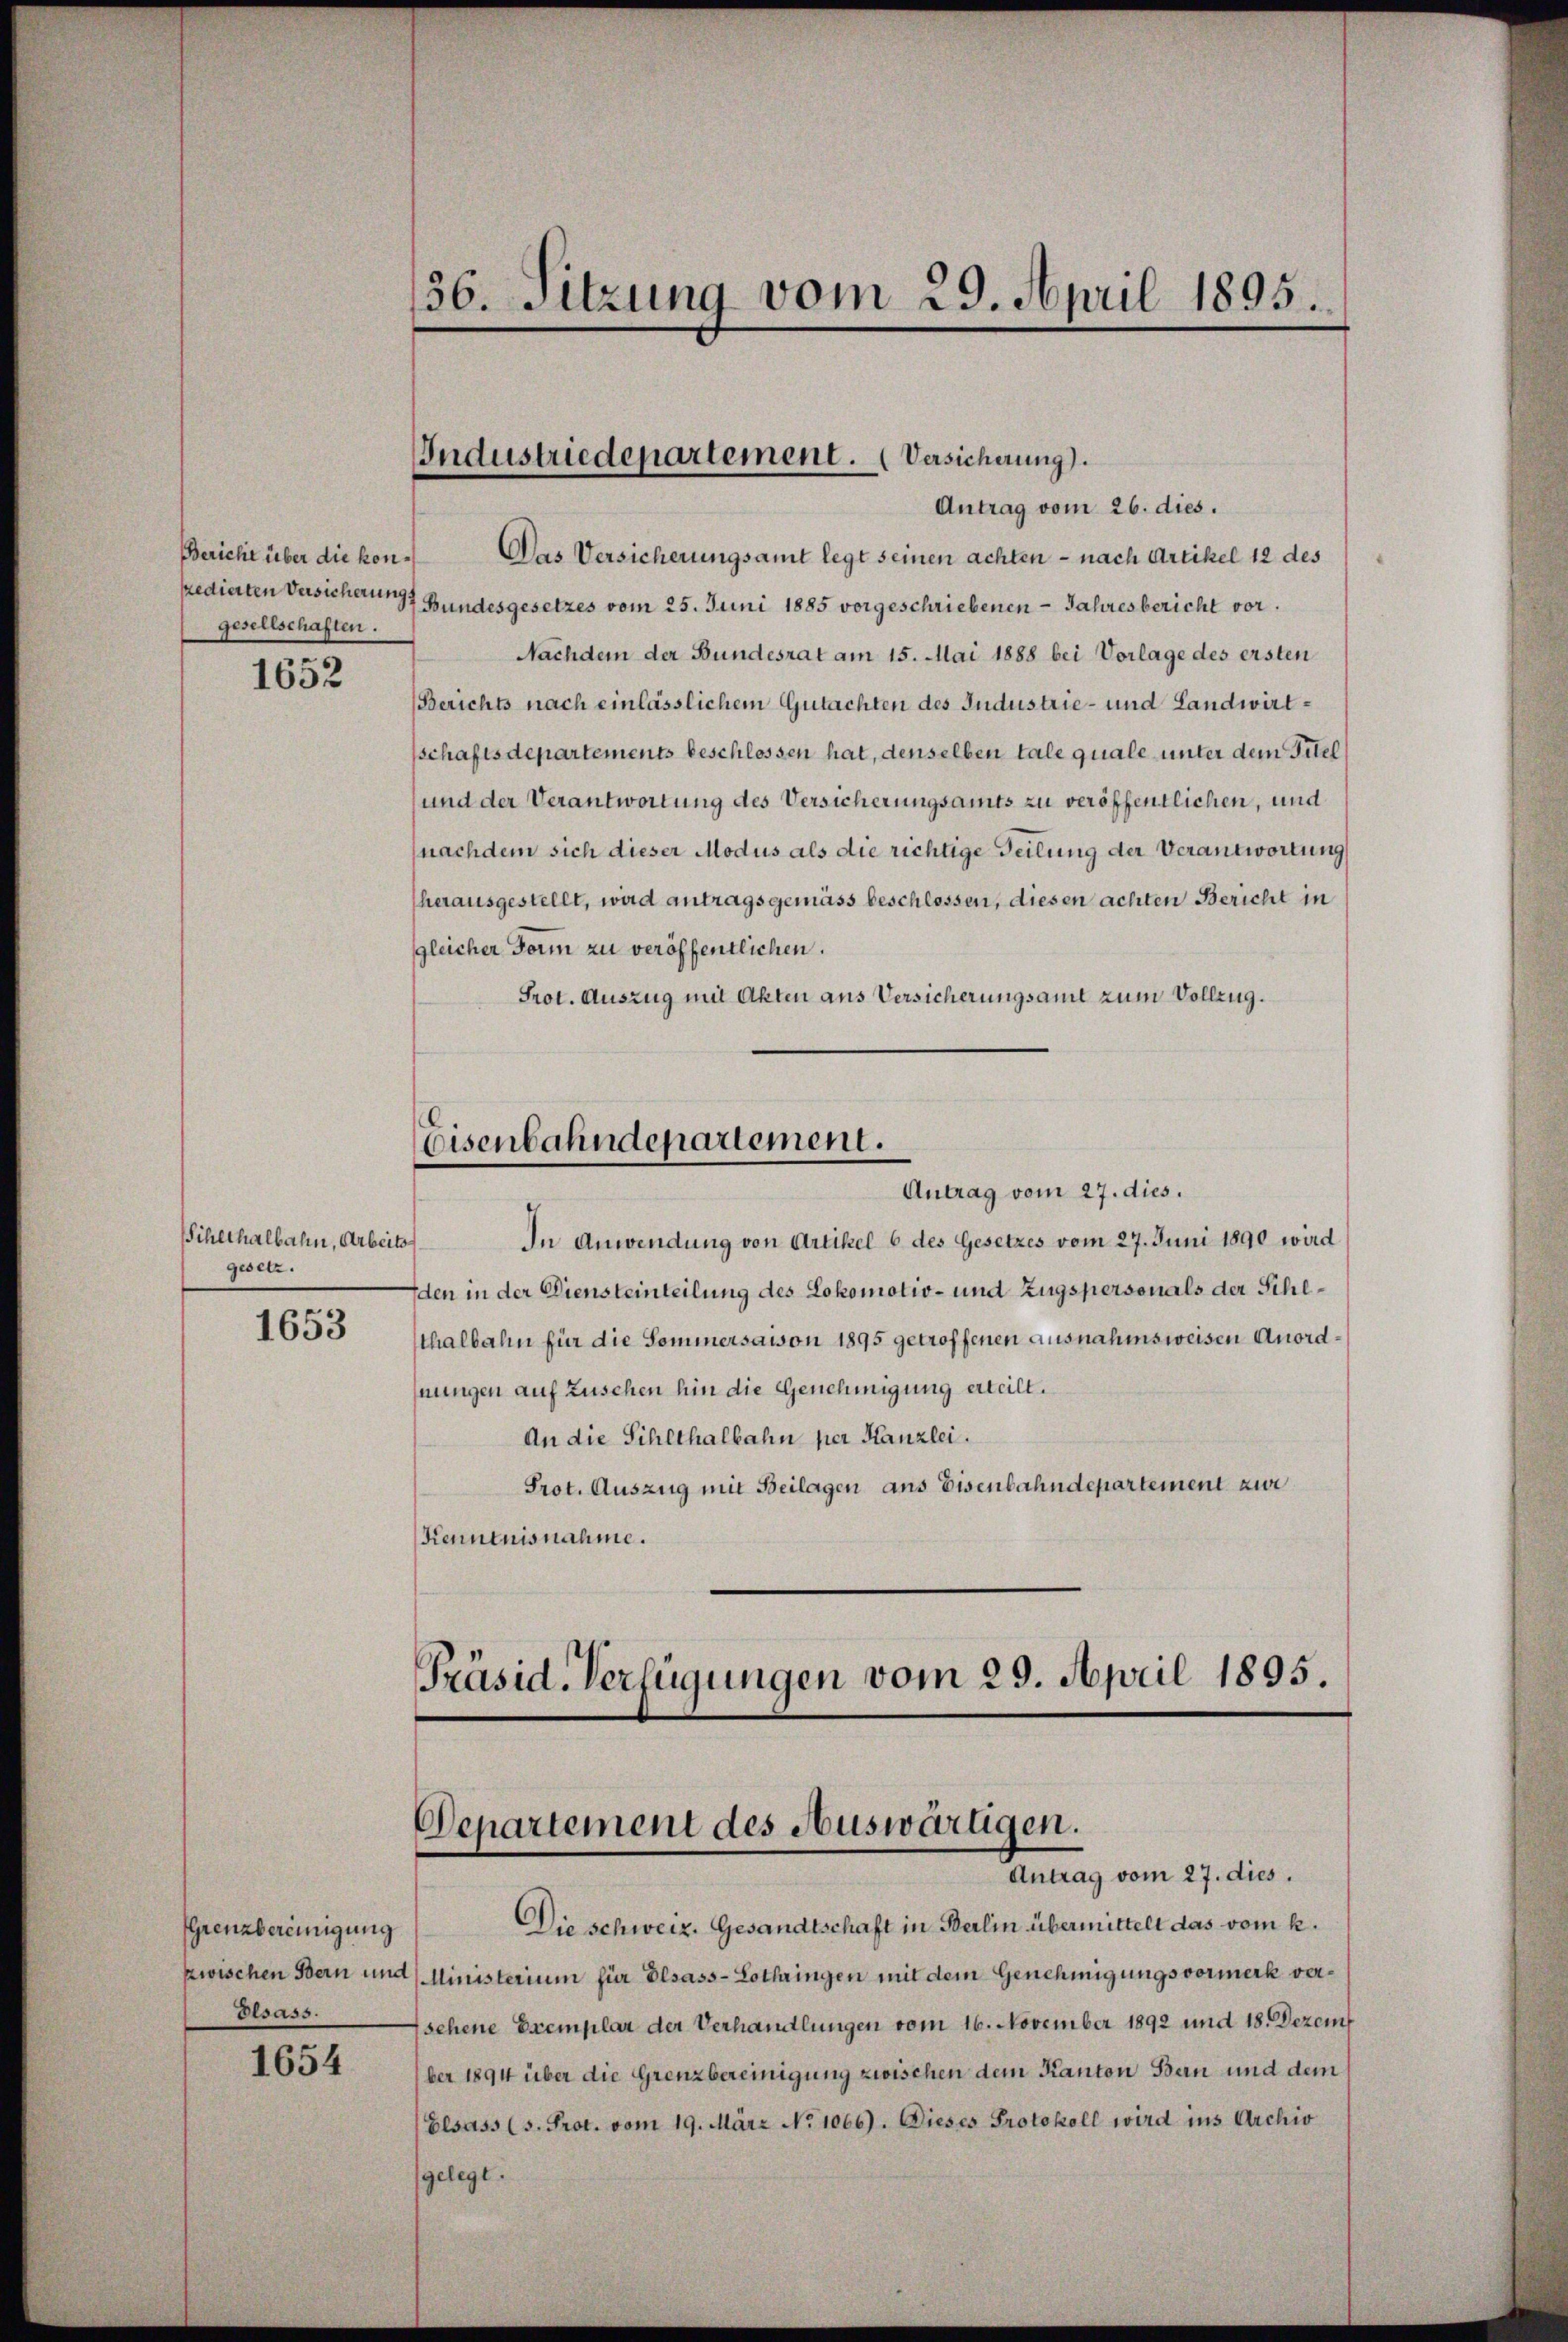
Bericht über die kongesellschaften.

1652

Sihlthalbahn, Arbeits
gesetz.

1653

Grenzbereinigung
zwischen Bern und
Elsass.

1654

36. Sitzung vom 29. April 1895.

Antrag vom 26. dies.
Das Versicherungsamt legt seinen achten - nach Artikel 12 des
zedierten Versicher Bundesgesetzes vom 25. Juni 1885 vorgeschriebenen - Jahresbericht vor¬
Nachdem der Bundesrat am 15. Mai 1888 bei Vorlage des ersten
Berichts nach einlässlichem Gutachten des Industrie- und Landwirtsschaftsdepartements beschlossen hat, denselben tale quale unter dem Titel
und der Verantwortung des Versicherungsamts zu veröffentlichen, und
nachdem sich dieser Modus als die richtige Teilung der Verantwortung
herausgestellt, wird antragsgemäss beschlossen, diesen achten Bericht in
gleicher Form zu veröffentlichen.
Prot. Auszug mit Akten aus Versicherungsamt zum Vollzug.
Eisenbahndepartement.
Antrag vom 27. dies.
In Anwendung von Artikel 6 des Gesetzes vom 27. Juni 1890 wird
den in der Diensteinteilung des Lokomotiv- und Zugspersonals der Sihlthalbahn für die Sommersamon 1895 getroffenen ausnahmsweisen Anordnungen auf Zusehen hin die Genehmigung erteilt.
An die Sihlthalbahn per Kanzlei.
Prot. Auszug mit Beilagen ans Eisenbahndepartement zur
Kenntnisnahme.

Industriedepartement. (Versicherung).

Präsid. Verfügungen vom 29. April 1895.
Departement des Auswärtigen.
Antrag vom 27. dies.

Die Schweiz. Gesandtschaft in Berlin übermittelt das vom k.
Ministerium für Dlsass-Lothringen mit dem Genehmigungsvormerk versehene Exemplar der Verhandlungen vom 16. November 1892 und 18. Dezem
ber 1894 über die Grenzbereinigung zwischen dem Kanton Bern und dem
Elsass (s. Prot. vom 19. März No 1066). Dieses Protokoll wird ins Archiv
gelegt.